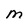
Character: M